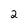
Character: 2